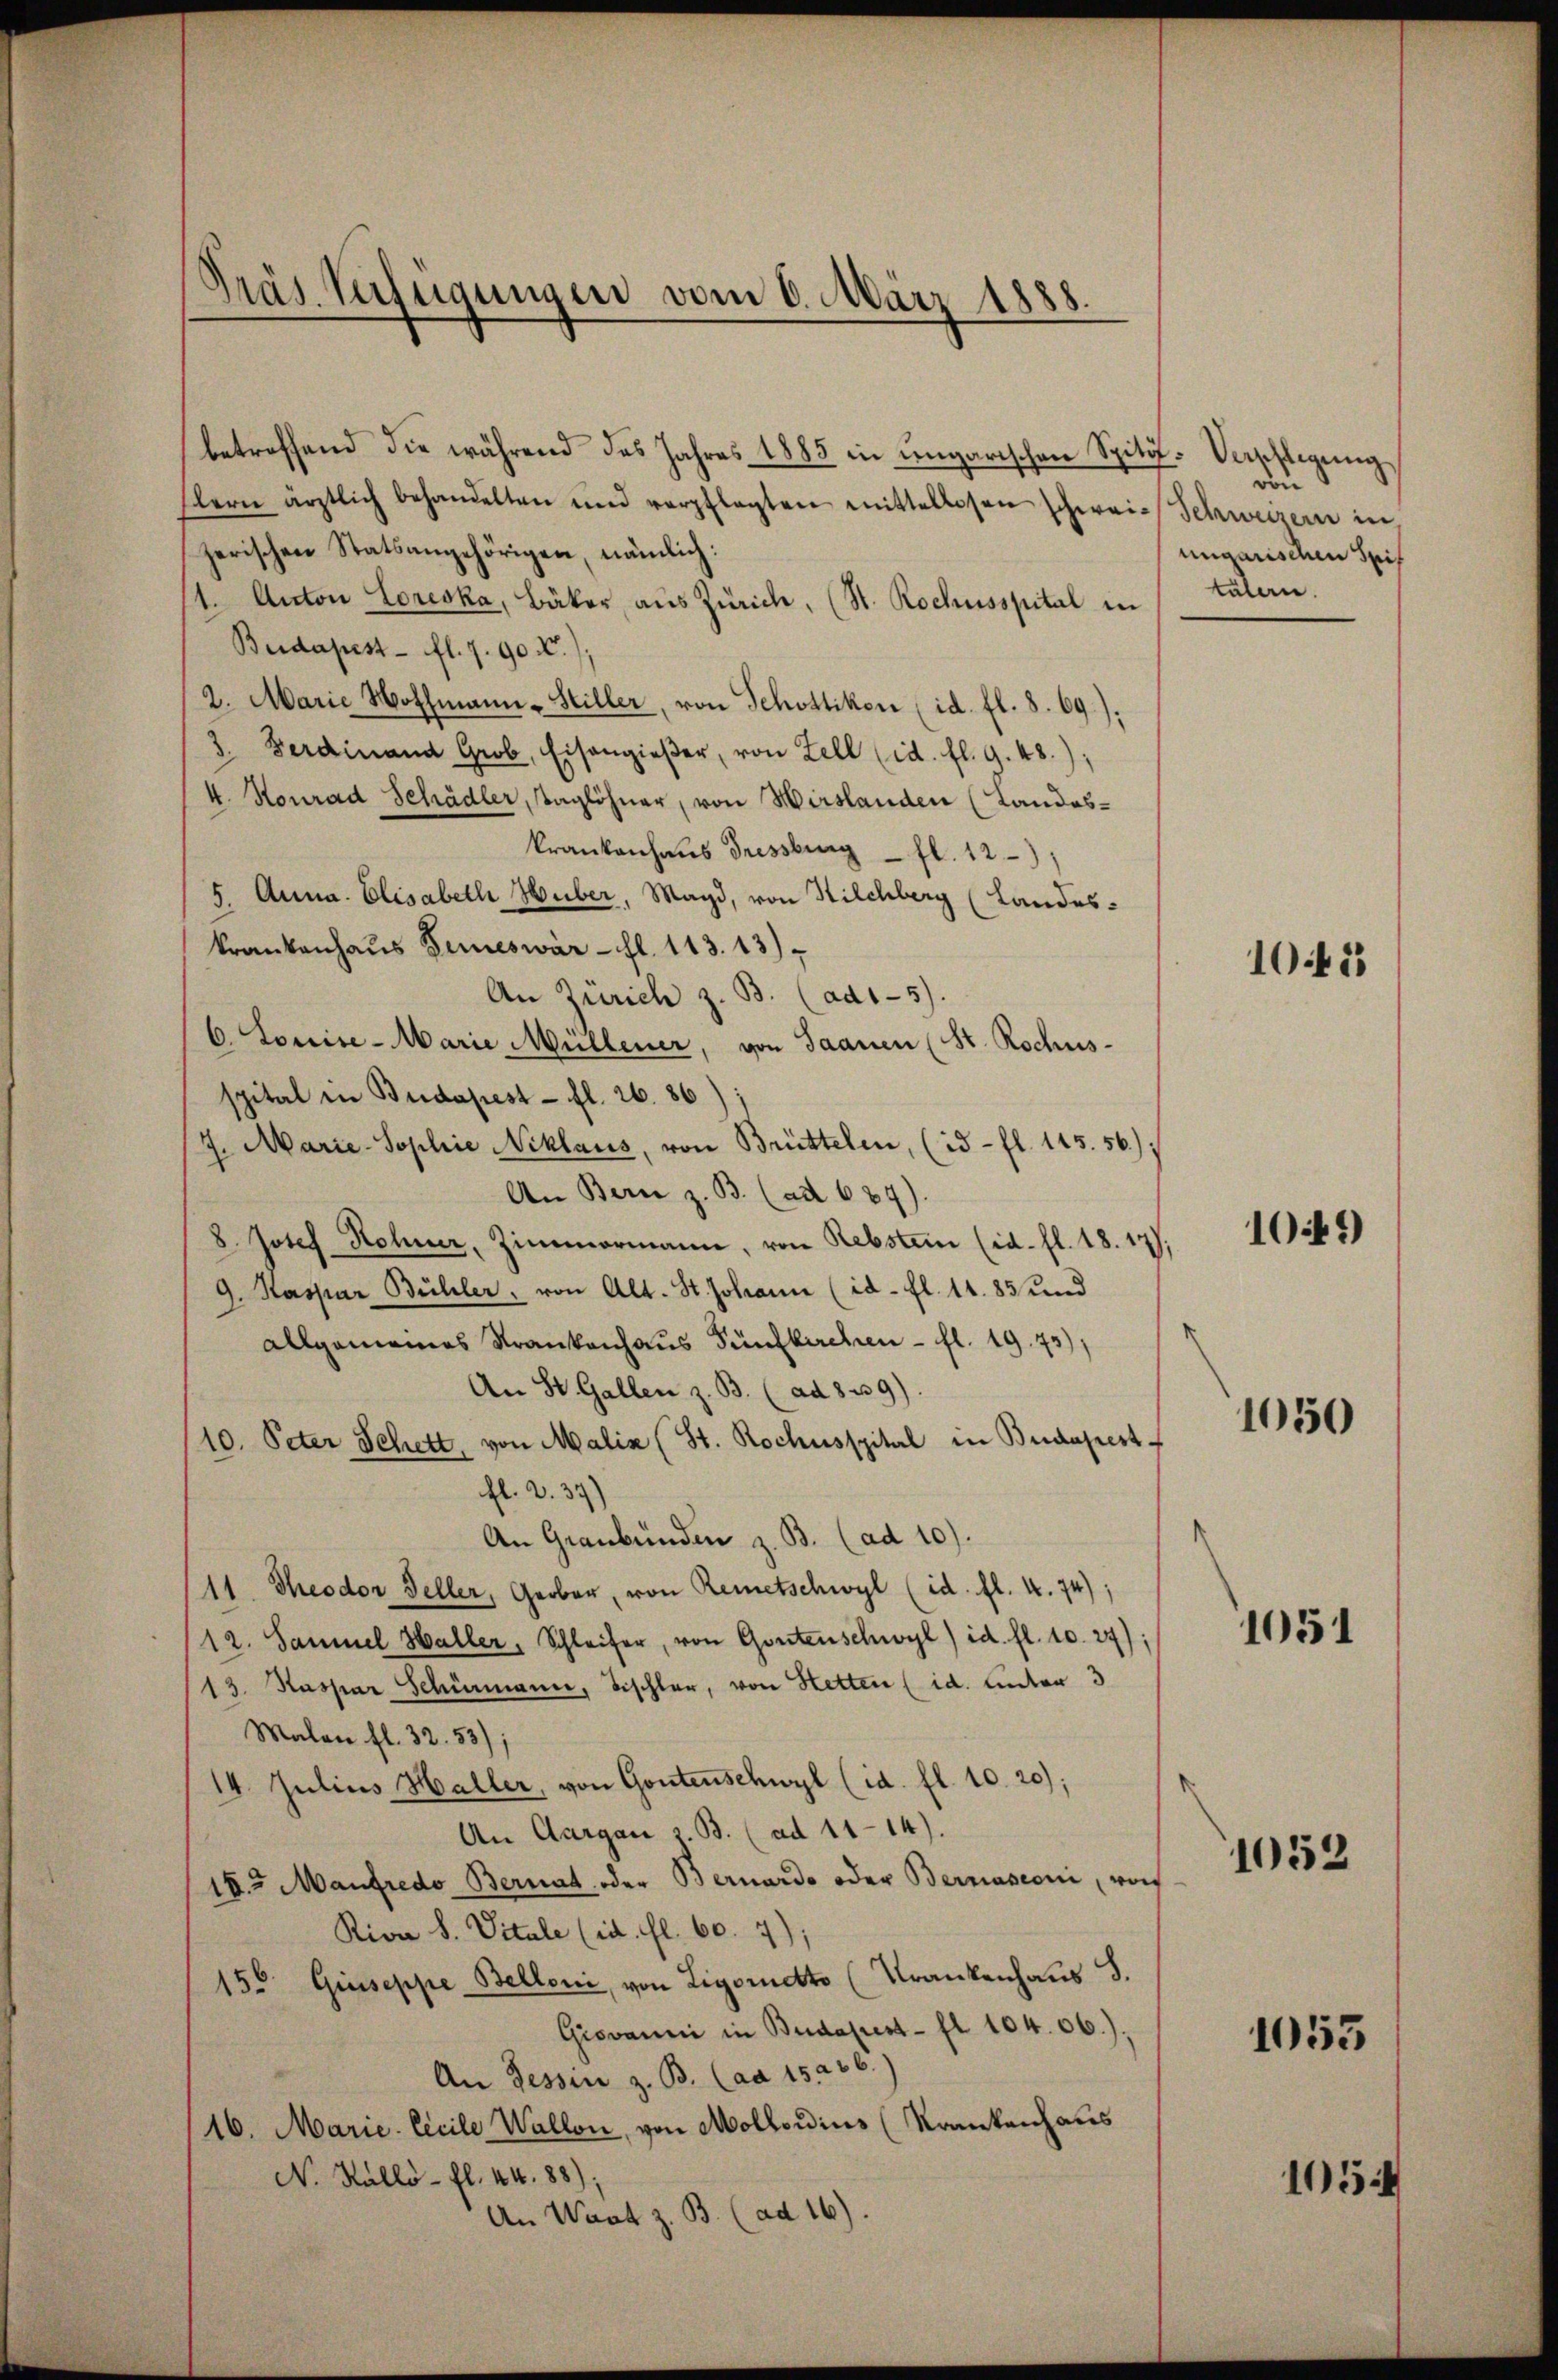
ras Verfügungen vom 6. März 1888.

betreffend die während das Jahres 1885 in ungarischen Spitz-Verschlegung
flern ärztlich behandelten und verpflegten mittellosen schwei- Schweizern in
zerischen Statsangehörigen, nämlich:
1. Anton Loreska, Bäker aus Zürich, (St. Rochusspital in
Budapest - fl. 7. 90 X.
2. Marie Nothmann-Hiller, von Schottikon (id. fl. 8. 69).
3. Ferdinand Grob, Eisengieβer, von Zell (id. fl. 9. 48.);
4. Konrad Schädler, Taglöhner, von Hirslanden (Landes-
krankenhaus Fressburg - fl. 121
5. Anna Elisabeth Huber, Magd, von Kilchberg (Landes-
krankenhaus Beines war - fl. 113. 13)
An Zürich z. B. (ad1-5).
6. Louise- Marie Müllener, von Saanen (St. Rochus-
spital in Budapest - fl. 26. 86
7. Marie-Sophie Niklaus, von Brüttelen, (id- fl. 145. 56)
An Bern z. B. (ad 689).
8. Josef Rohner, Zimmermann, von Rebstein (id. fl. 18. 17);
9. Kaspar Bühler, von Alt. St. Johann (id- fl. 11. 85 und
allgemeines Krankenhaus Fünffachen - fl. 19. 75)
An St. Gallen z. B. (ad 839)
10. Peter Schett, von Malis (St. Rochusspital in Budapest
fl. 2. 37)
An Graubünden z. B. (ad 10).
/11. Theodor Geller, Gerber, von Remetschwyl (id. fl. 4. 74);
12. Samuel Haller, Schleifer, von Gontenschwyl) id. fl. 10. 24);
13. Kaspar Schömann, Tischler, von Hetten (id. unter 3
Malon fl. 32. 53)
14. Julius Haller, von Gontenschwyl (id. fl. 10. 20);
An Aargau z. B. (ad 11-14).
18. Manfredo Bernat, oder Bernardo oder Bernasconi, wof
Riva S. Vitale (id. fl. 60. 7)
150. Giuseppe Belloni, von Ligorudto (Krankenhaus S.
Giovanni in Budapest - fl. 104. 06.);
An Tessin z. B. (ad 15256.)
16. Marie. Cecile Wallon, von Mollordins (Krankenhaus
N. Kallö- fl. 44. 88):
An Wart z. B. (ad 16).

von
ungarischen Seit
tälern.

10.45

1049)

1050

1051

1052

1053

105